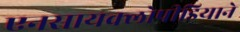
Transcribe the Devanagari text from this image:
एनसायक्लोपीडियाने